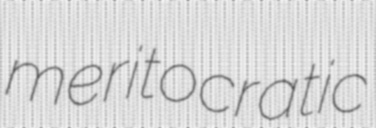
meritocratic